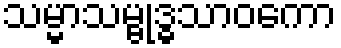
သမ္မာသမ္ဗုဒ္ဓသာဝကော